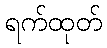
ရက်ထုတ်